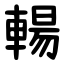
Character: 輰